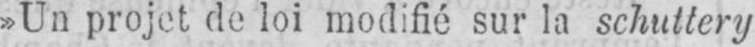
»Un projet de loi modifié sur la schuttery